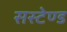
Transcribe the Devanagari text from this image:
सस्टेण्ड